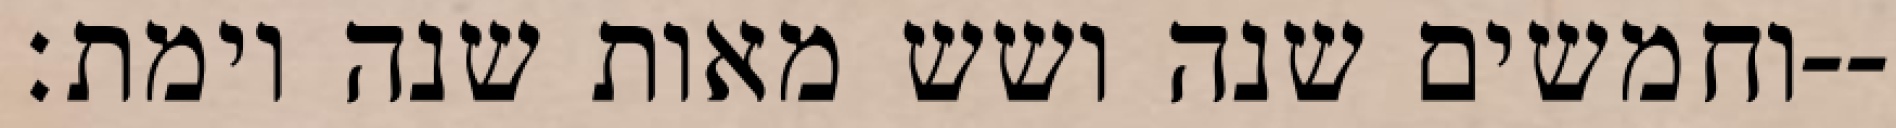
וחמשים שנה ושש מאות שנה וימת׃--